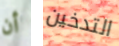
أن التدخين